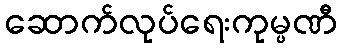
ဆောက်လုပ်ရေးကုမ္ပဏီ